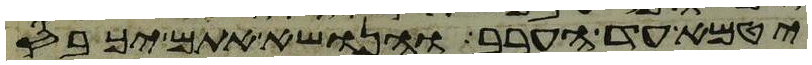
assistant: יטמא עד הערב והנושא אתם יכבס